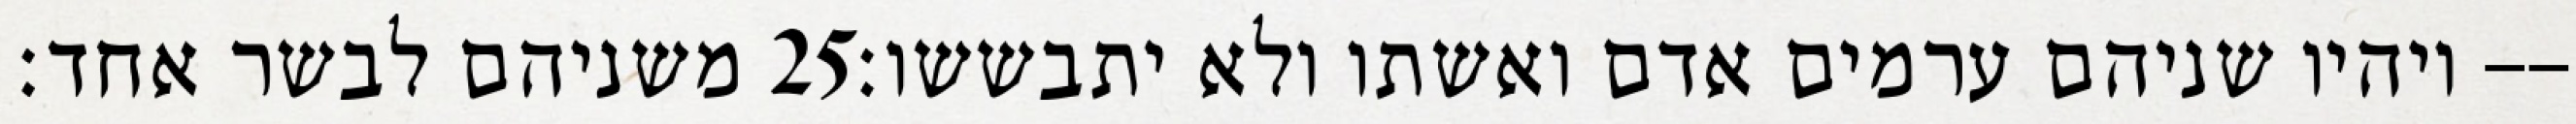
משניהם לבשר אחד׃ ‎25‏ ויהיו שניהם ערמים אדם ואשתו ולא יתבששו׃--